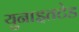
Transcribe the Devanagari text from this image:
युनाइतटेड